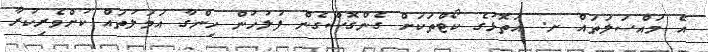
އެ މައްސަލަތައް ށ. އަތޮޅުގެ ކޯޓްތަކަށް ގެންގޮސްގެން ފުލުހުން ހިންގާ އަމަލުތައް ކުށްވެރިކުރާ